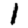
Digit: 1